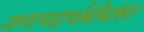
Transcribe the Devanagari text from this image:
जगत्पदार्थमीमांसा